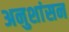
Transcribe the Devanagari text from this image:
अनुशांसन